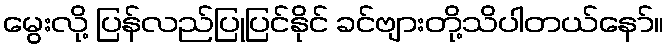
မွေးလို့ ပြန်လည်ပြုပြင်နိုင် ခင်ဗျားတို့သိပါတယ်နော်။